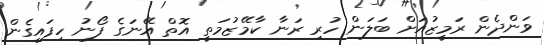
ވަންދެން ރަމީޒުއަށް ބަލަން ހުރި ރަނާ ކާމޭޒުމަތީ އޮތް އޭނަގެ ފޯނު ހިފައިގެން